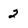
Character: 2